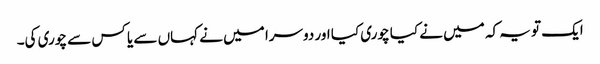
ایک تو یہ کہ میں نے کیا چوری کیا اور دوسرا میں نے کہاں سے یا کس سے چوری کی۔